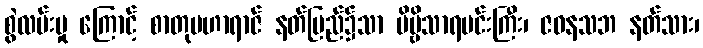
စွဲလမ်းမှု ကြောင့် စာတုမဟာရာဇ် နတ်ပြည်၌သာ ဗိမ္ဗိသာရမင်းကြီး၊ ဇဝနသဘ နတ်သား၊